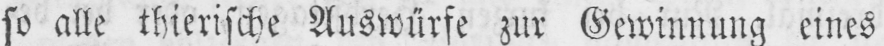
so alle thierische Auswürfe zur Gewinnung eines